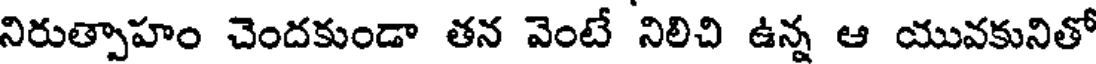
నిరుత్పాహం చెందకుండా తన వెంటే నిలిచి ఉన్న ఆ యువకునితో